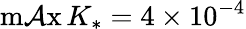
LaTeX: \operatorname*{m\mathcal{A}x}{K_{*}}=4\times10^{-4}